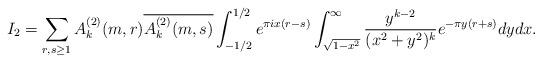
LaTeX: \begin{align*}I_2 &= \sum_{r,s \geq 1} A_k^{(2)}(m,r) \overline{A_k^{(2)}(m,s)} \int_{-1/2}^{1/2} e^{\pi i x (r-s)} \int_{\sqrt{1-x^2}}^\infty \frac{y^{k-2}}{(x^2+y^2)^k} e^{-\pi y(r+s)}dy dx.\end{align*}